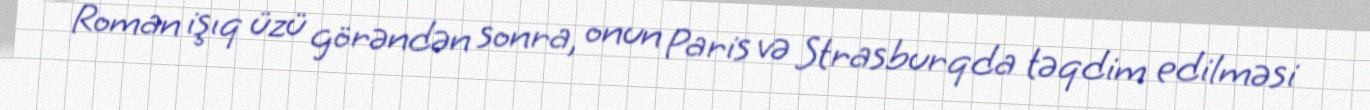
Roman işıq üzü görəndən sonra, onun Paris və Strasburqda təqdim edilməsi